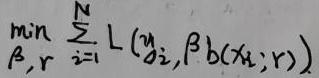
$\min_{\beta, r} \sum_{i = 1}^{N} L(y_{i}, \beta b(x_{i}; r))$